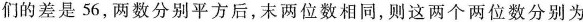
们的差是56，两数分别平方后，末两位数相同，则这两个两位数分别为